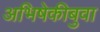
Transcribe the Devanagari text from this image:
अभिषेकीबुवा